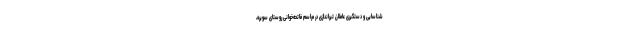
شناسایی و دستگیری عاملان تیراندازی در مراسم فاتحه‌خوانی روستای سویره،